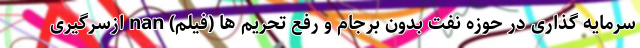
سرمایه گذاری در حوزه نفت بدون برجام و رفع تحریم ها (فیلم) nan ازسرگیری